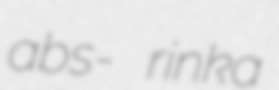
abs- rinka